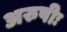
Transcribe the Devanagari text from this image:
अरुषीः